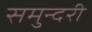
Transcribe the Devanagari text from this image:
समुन्दरी